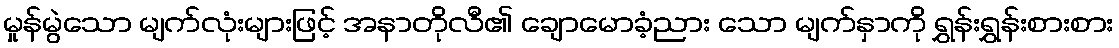
မှုန်မွဲသော မျက်လုံးများဖြင့် အနာတိုလီ၏ ချောမောခံ့ညား သော မျက်နှာကို ရွှန်းရွှန်းစားစား